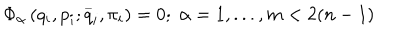
\Phi _ { \alpha } \left( q _ { i } , p _ { i } ; \stackrel { \_ } { q } _ { i } , \pi _ { i } \right) = 0 ; \; \alpha = 1 , . . . , m < 2 ( n - 1 )